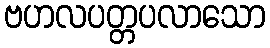
ဗဟလပတ္တပလာသော